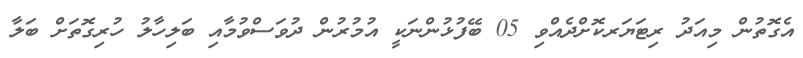
އެގޮތުން މިއަދު ރިޓަޔަރކޮށްދެއްވި 05 ބޭފުޅުންނަކީ އުމުރުން ދުވަސްވުމާއި ބަލިހާލު ހުރިގޮތަށް ބަލާ